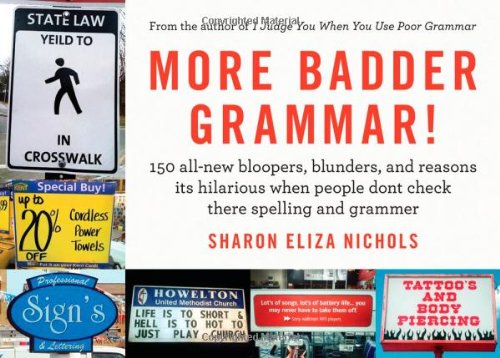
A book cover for More Badder Grammar!: 150 All-New Bloopers, Blunders, and Reasons Its Hilarious When People Dont Check There Spelling and Grammer; Sharon Eliza Nichols; Reference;